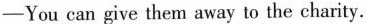
-You can give them away to the charity.